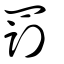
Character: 罰